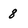
Character: 8